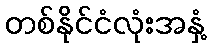
တစ်နိုင်ငံလုံးအနှံ့